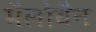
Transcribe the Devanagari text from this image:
मैलोवैन